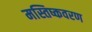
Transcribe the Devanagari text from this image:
मस्तिष्कवरण